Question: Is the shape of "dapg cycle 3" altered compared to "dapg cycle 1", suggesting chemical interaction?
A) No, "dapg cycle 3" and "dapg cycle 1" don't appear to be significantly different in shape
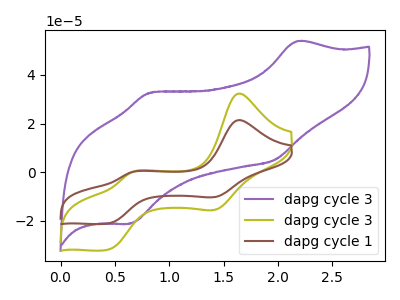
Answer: <think>The purple curve "dapg cycle 3" has anodic peaks at (2.15V, 53.90uA) (0.80V, 32.70uA) and cathodic peaks at (1.95V, 5.10uA) (0.65V, -21.25uA). The olive curve "dapg cycle 3" has anodic peaks at (1.65V, 32.35uA) (0.65V, -0.10uA) and cathodic peaks at (1.45V, -15.35uA) (0.45V, -32.05uA). The brown curve "dapg cycle 1" has anodic peaks at (1.65V, 21.40uA) (0.65V, -0.10uA) and cathodic peaks at (1.45V, -10.15uA) (0.45V, -21.20uA).
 All the peaks in "dapg cycle 3" have a peak in "dapg cycle 1" at the same potential.</think>
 <answer>A) No, "dapg cycle 3" and "dapg cycle 1" don't appear to be significantly different in shape</answer>
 <eval>A</eval>